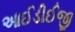
આઈડીઈજી